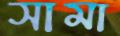
সামা